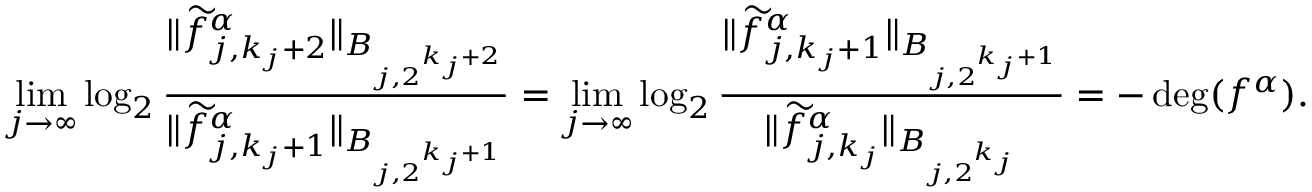
\operatorname* { l i m } _ { j \rightarrow \infty } \log _ { 2 } \frac { \| \widetilde f _ { j , { k _ { j } + 2 } } ^ { \alpha } \| _ { B _ { j , 2 ^ { k _ { j } + 2 } } } } { \| \widetilde f _ { j , { k _ { j } + 1 } } ^ { \alpha } \| _ { B _ { j , 2 ^ { k _ { j } + 1 } } } } = \operatorname* { l i m } _ { j \rightarrow \infty } \log _ { 2 } \frac { \| \widetilde f _ { j , { k _ { j } + 1 } } ^ { \alpha } \| _ { B _ { j , 2 ^ { k _ { j } + 1 } } } } { \| \widetilde f _ { j , { k _ { j } } } ^ { \alpha } \| _ { B _ { j , 2 ^ { k _ { j } } } } } = - \deg ( f ^ { \alpha } ) .